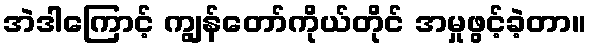
အဲဒါကြောင့် ကျွန်တော်ကိုယ်တိုင် အမှုဖွင့်ခဲ့တာ။